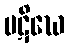
ပဋိဃေ